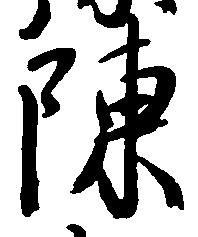
陳